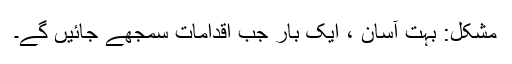
مشکل: بہت آسان ، ایک بار جب اقدامات سمجھے جائیں گے۔